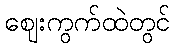
ဈေးကွက်ထဲတွင်